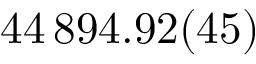
4 4 \, 8 9 4 . 9 2 ( 4 5 )